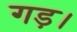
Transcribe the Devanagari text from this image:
गड़।